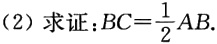
(2) 求证：\(BC = \frac{1}{2}AB\).